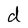
Character: d